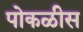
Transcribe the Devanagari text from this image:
पोकळीस